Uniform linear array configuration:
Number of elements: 12
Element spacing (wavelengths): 0.75
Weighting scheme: kaiser
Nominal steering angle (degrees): -30
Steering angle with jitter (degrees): -31.132
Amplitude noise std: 0.05
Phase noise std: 0.05

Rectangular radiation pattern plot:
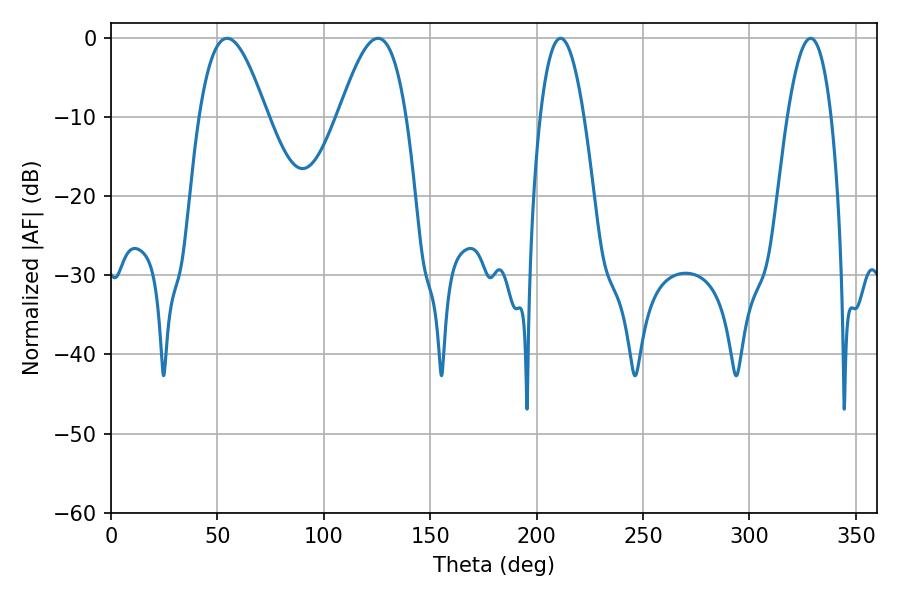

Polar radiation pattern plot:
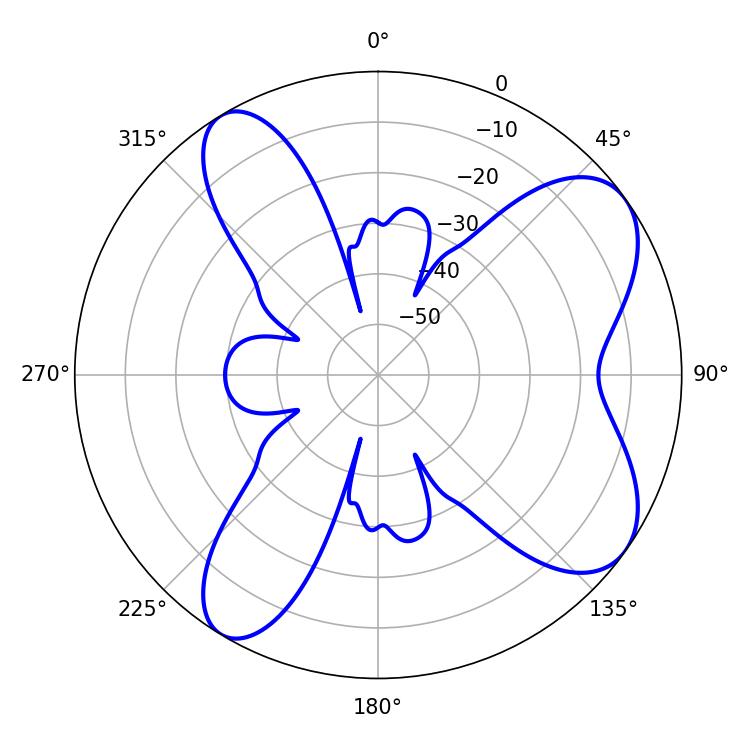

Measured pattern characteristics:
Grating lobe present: TRUE
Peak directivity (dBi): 7.838
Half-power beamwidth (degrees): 17.28
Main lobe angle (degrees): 54.54